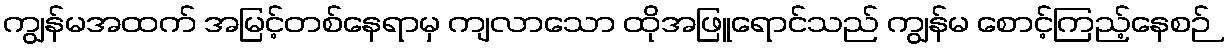
ကျွန်မအထက် အမြင့်တစ်နေရာမှ ကျလာသော ထိုအဖြူရောင်သည် ကျွန်မ စောင့်ကြည့်နေစဉ်